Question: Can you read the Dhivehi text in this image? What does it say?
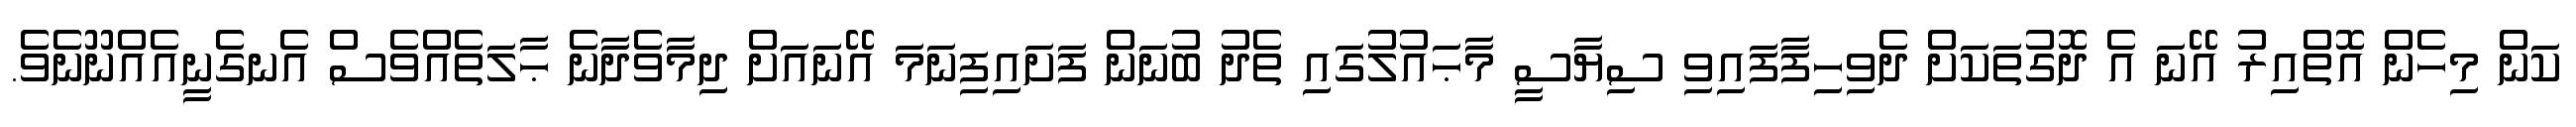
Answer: ކަން މިހެން އޮތްއިރު އޭނަ އެ ދޮގުތަކަށް ދެވިހިފާފައިވި ސިޔާސީ މާޙައުލުގައި ތެދު ބުނަން ފަށައިފިނަމަ އޭނައަށް ދިމާވެދާނެ ޙާލަތެއްވެސް އެނގެނީއެއްނޫނެވެ.